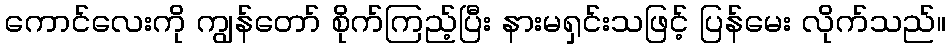
ကောင်လေးကို ကျွန်တော် စိုက်ကြည့်ပြီး နားမရှင်းသဖြင့် ပြန်မေး လိုက်သည်။